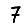
Digit: 7